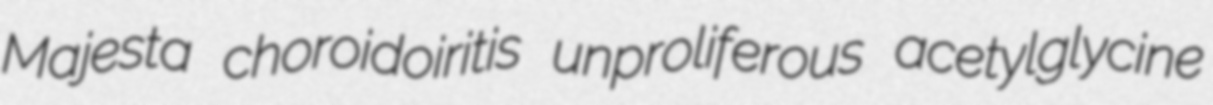
Majesta choroidoiritis unproliferous acetylglycine